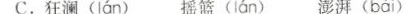
C.狂澜( lán )摇篮( Ián )澎湃( bài )